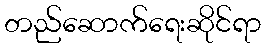
တည်ဆောက်ရေးဆိုင်ရာ